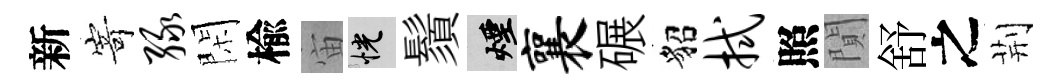
新𭔃绿閑楡宙恍鬚煙襄碾貂拭照閴舒之荆